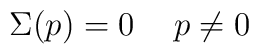
\Sigma(p)=0\hskip0.5cm p\not=0